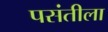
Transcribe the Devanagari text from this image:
पसंतीला